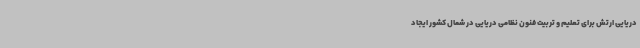
دریایی ارتش برای تعلیم و تربیت فنون نظامی دریایی در شمال کشور ایجاد